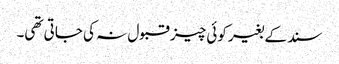
سند کے بغیر کوئی چیز قبول نہ کی جاتی تھی۔